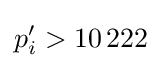
p'_{i}>10\,222